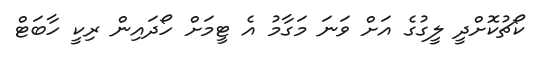
ކޯޗުކޮށްދީ ލީގުގެ އަށް ވަނަ މަގާމު އެ ޓީމަށް ހޯދައިން ރިކީ ހާބަޓް